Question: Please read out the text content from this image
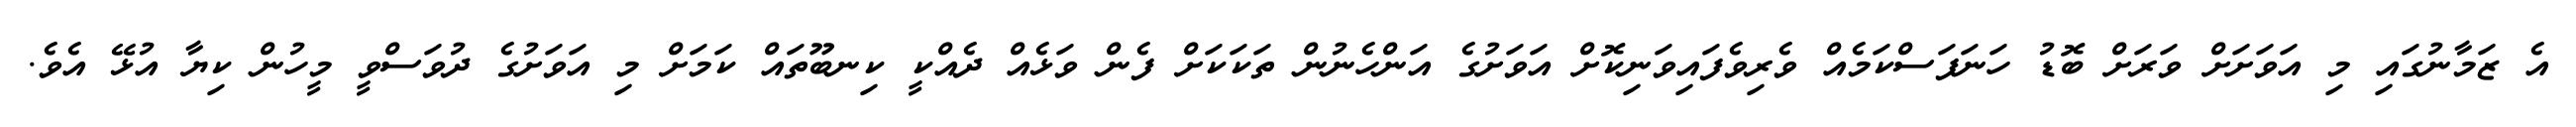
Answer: އެ ޒަމާނުގައި މި އަވަށަށް ވަރަށް ބޮޑު ހަނަފަސްކަމެއް ވެރިވެފައިވަނިކޮށް އަވަށުގެ އަންހެނުން ތަކަކަށް ފެން ވަޅެއް ދެއްކީ ކިނބޫތައް ކަމަށް މި އަވަށުގެ ދުވަސްވީ މީހުން ކިޔާ އުޅޭ އެވެ.